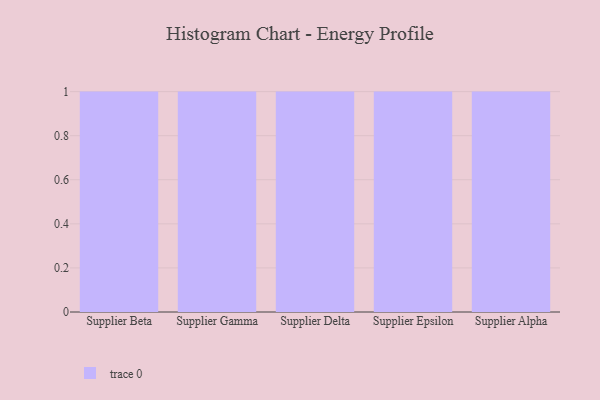
{"axis": {"x": "Supplier", "y": "Backlog"}, "legend": [""], "data": [{"x": "Supplier Beta", "y": 55, "type": ""}, {"x": "Supplier Gamma", "y": 71, "type": ""}, {"x": "Supplier Delta", "y": 66, "type": ""}, {"x": "Supplier Epsilon", "y": 84, "type": ""}, {"x": "Supplier Alpha", "y": 50, "type": ""}]}